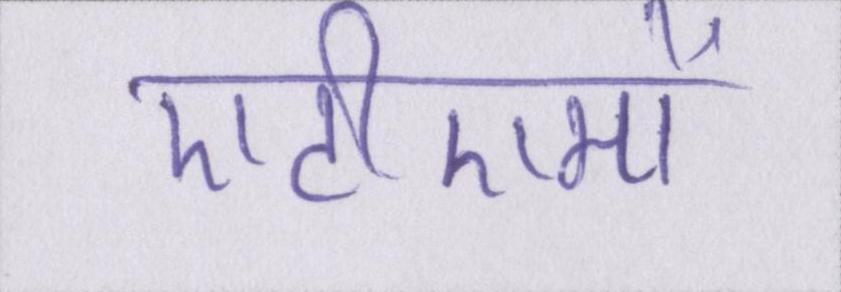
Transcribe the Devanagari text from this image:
एटीएमों